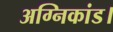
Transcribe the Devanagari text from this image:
अग्निकांड।